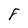
Character: 8